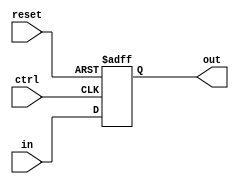
`timescale 1ns / 1ps
//////////////////////////////////////////////////////////////////////////////////
// Company: 
// Engineer: 
//////////////////////////////////////////////////////////////////////////////////
module PC
#(parameter
	SIZE = 32	
)
(
	input wire ctrl,
	input wire reset,
	input wire [SIZE-1:0] in,

	output reg [SIZE-1:0] out
   );
	
	initial
		out = 0;
		
	always @(posedge ctrl, posedge reset)
	begin
		if (reset)
			out <= 0;
		else
			out <= in;
	end

endmodule